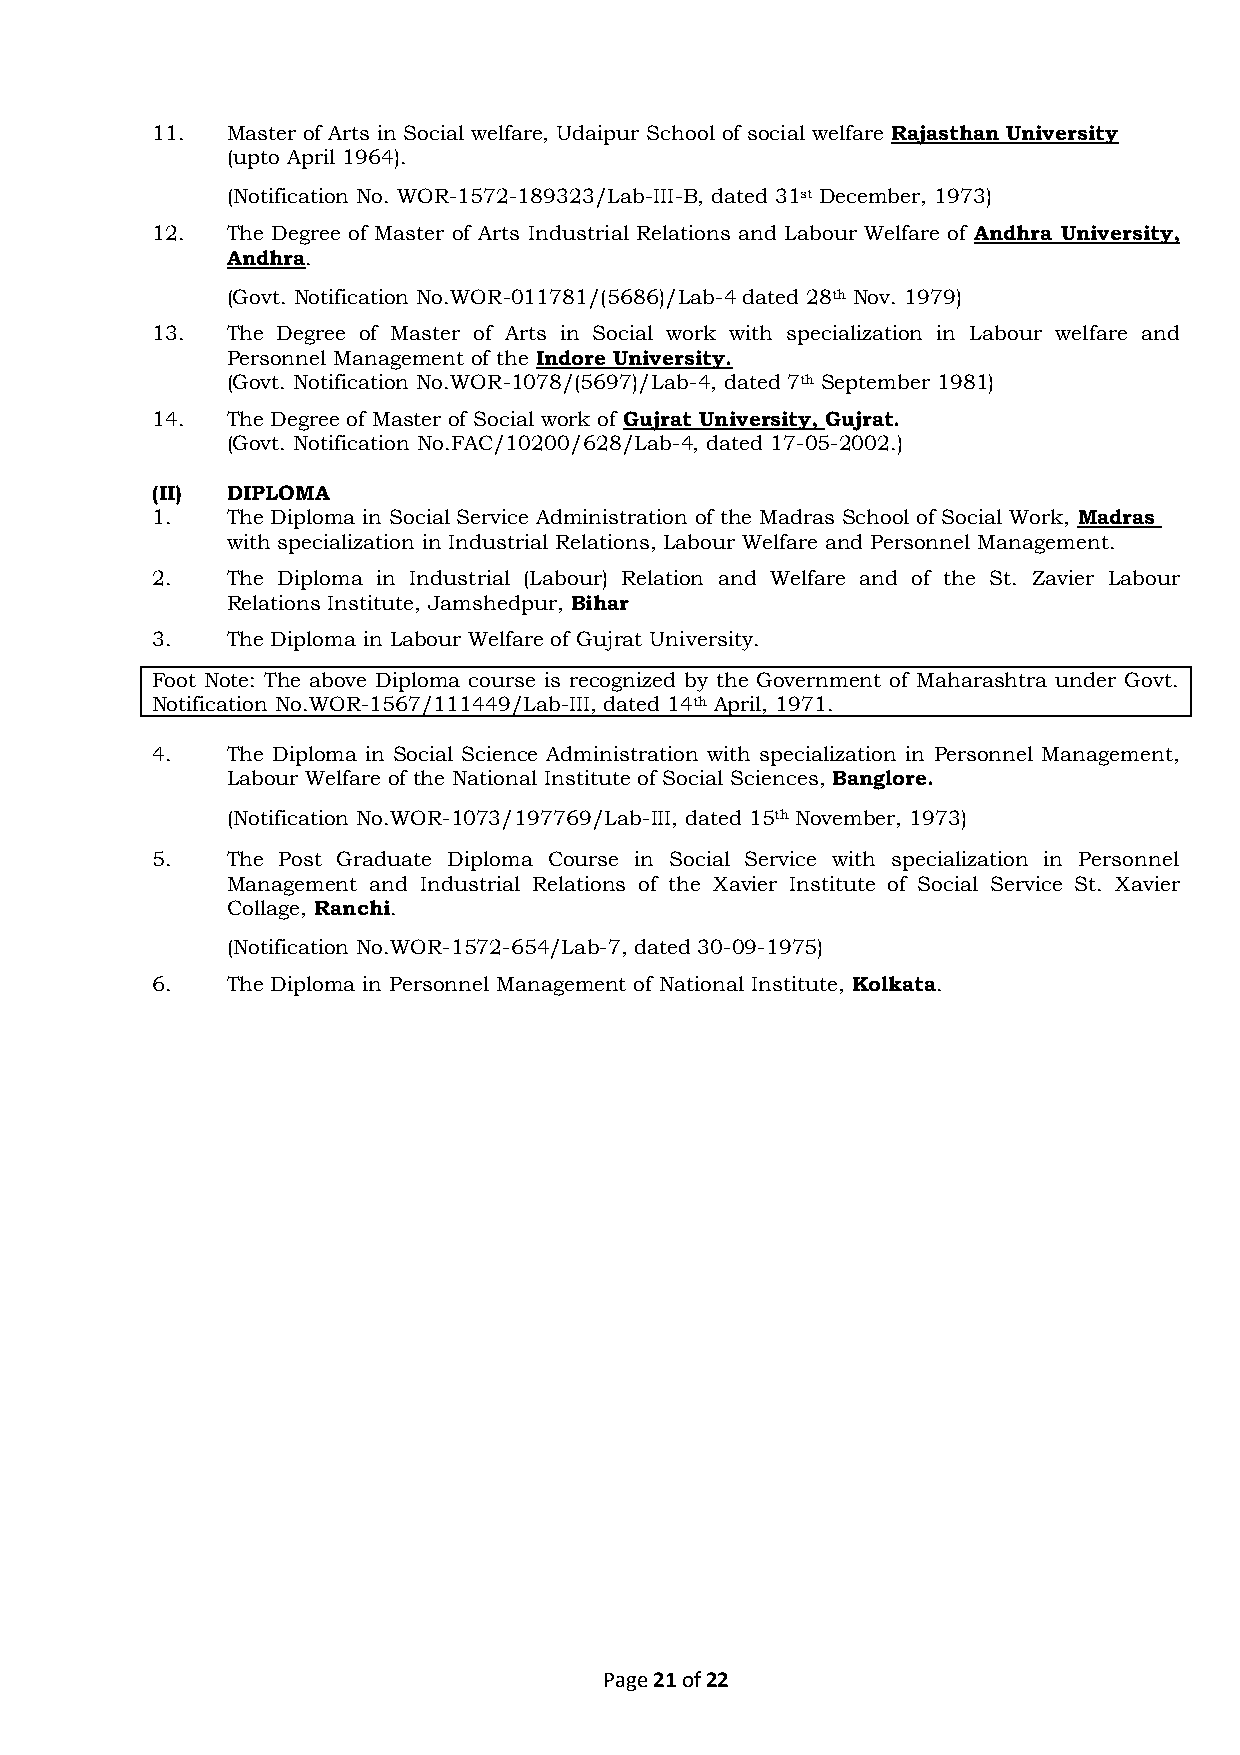
11.  Master of Arts in Social welfare, Udaipur School of social welfare Rajasthan University
 (upto April 1964).
 (Notification No. WOR-1572-189323/Lab-III-B, dated 31st December, 1973)
 12.  The Degree of Master of Arts Industrial Relations and Labour Welfare of Andhra University,
 Andhra.
 (Govt. Notification No.WOR-011781/(5686)/Lab-4 dated 28th Nov. 1979)
 13.  The Degree of Master of Arts in Social work with specialization in Labour welfare and
 Personnel Management of the Indore University.
 (Govt. Notification No.WOR-1078/(5697)/Lab-4, dated 7th September 1981)
 14.  The Degree of Master of Social work of Gujrat University, Gujrat.
 (Govt. Notification No.FAC/10200/628/Lab-4, dated 17-05-2002.)
 (II) DIPLOMA
 1.   The Diploma in Social Service Administration of the Madras School of Social Work, Madras
 with specialization in Industrial Relations, Labour Welfare and Personnel Management.
 2.   The Diploma in Industrial (Labour) Relation and Welfare and of the St. Zavier Labour
 Relations Institute, Jamshedpur, Bihar
 3.   The Diploma in Labour Welfare of Gujrat University.
 Foot Note: The above Diploma course is recognized by the Government of Maharashtra under Govt.
 Notification No.WOR-1567/111449/Lab-III, dated 14th April, 1971.
 4.   The Diploma in Social Science Administration with specialization in Personnel Management,
 Labour Welfare of the National Institute of Social Sciences, Banglore.
 (Notification No.WOR-1073/197769/Lab-III, dated 15th November, 1973)
 5.   The Post Graduate Diploma Course in Social Service with specialization in Personnel
 Management and Industrial Relations of the Xavier Institute of Social Service St. Xavier
 Collage, Ranchi.
 (Notification No.WOR-1572-654/Lab-7, dated 30-09-1975)
 6.   The Diploma in Personnel Management of National Institute, Kolkata.
 Page 21 of 22